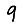
Digit: 9